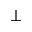
\perp